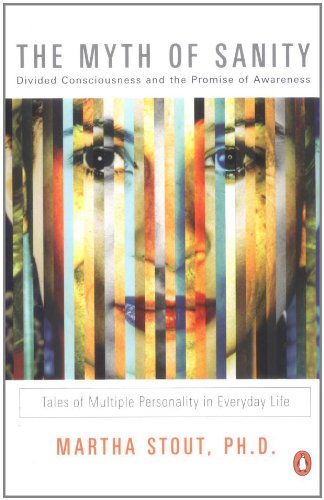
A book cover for The Myth of Sanity: Divided Consciousness and the Promise of Awareness; Martha Stout; Health, Fitness & Dieting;